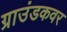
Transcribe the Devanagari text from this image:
ग्राउंडकवर